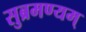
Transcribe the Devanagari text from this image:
सुब्रमण्यम्